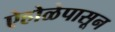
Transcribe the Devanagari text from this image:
ऐहोळेपासून